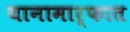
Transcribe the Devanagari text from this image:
यानामार्फात